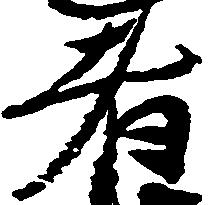
者